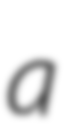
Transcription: a